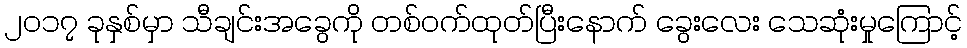
၂၀၁၇ ခုနှစ်မှာ သီချင်းအခွေကို တစ်ဝက်ထုတ်ပြီးနောက် ခွေးလေး သေဆုံးမှုကြောင့်